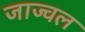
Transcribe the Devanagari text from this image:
जाज्वल